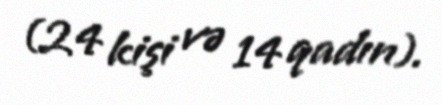
(24 kişi və 14 qadın).